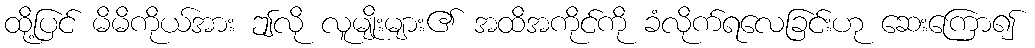
ထို့ပြင် မိမိကိုယ်အား ဤလို လူမျိုးများ၏ အထိအကိုင်ကို ခံလိုက်ရလေခြင်းဟု ဆေးကြော၍